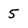
Character: 5